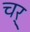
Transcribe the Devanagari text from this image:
चर्